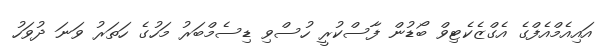
އައިއެމްއެފްގެ އެގްޒެކެޓިވް ބޯޑުން ފާސްކުރީ ހުސްވި ޑިސެމްބަރު މަހުގެ ހަތަރު ވަނަ ދުވަހު